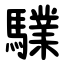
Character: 驜